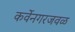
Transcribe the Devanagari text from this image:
कर्वेनगरजवळ